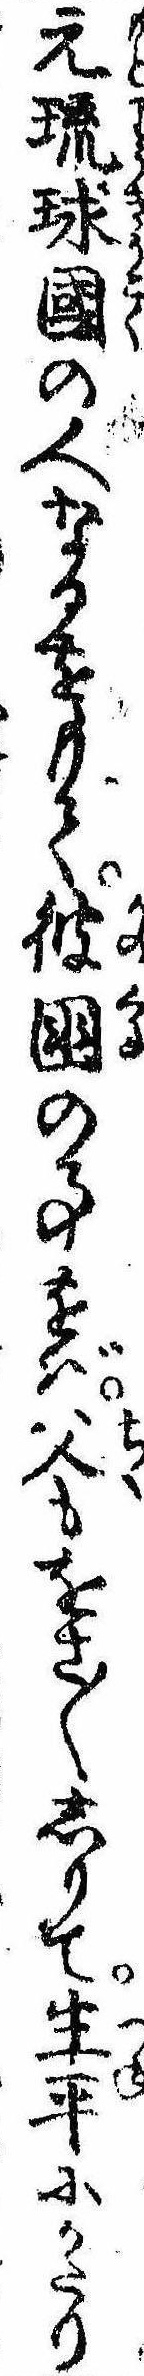
元琉球国の人なるをもて彼国の事をば父もをさ〱しりて生平にかたり